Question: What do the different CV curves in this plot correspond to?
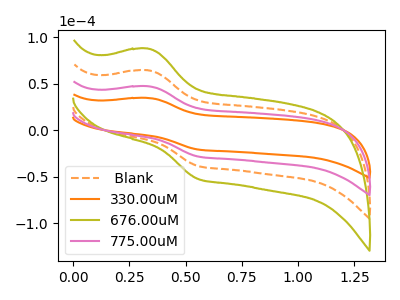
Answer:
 <answer>The orange dashed curve is labeled " Blank". The orange curve is labeled "330.00uM". The olive curve is labeled "676.00uM". The pink curve is labeled "775.00uM".</answer>
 <eval></eval>